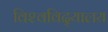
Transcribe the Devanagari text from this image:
विश्‍वविद्‍यालय